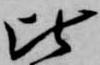
比